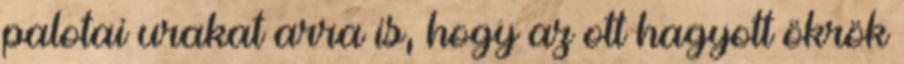
palotai urakat arra is, hogy az ott hagyott ökrök